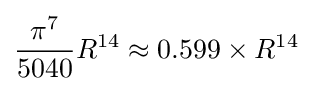
{\frac {\pi ^{7}}{5040}}R^{14}\approx 0.599\times R^{14}